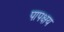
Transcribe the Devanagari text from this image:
पापक्षय